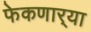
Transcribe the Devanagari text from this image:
फेकणार्‍या